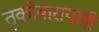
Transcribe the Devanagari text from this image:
तुकोबारायानी